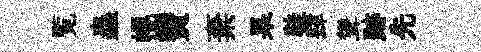
覧蟲幌費棄杲鞋肆聳跡先